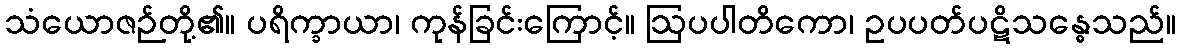
သံယောဇဉ်တို့၏။ ပရိက္ခာယာ၊ ကုန်ခြင်းကြောင့်။ ဩပပါတိကော၊ ဥပပတ်ပဋိသန္ဓေသည်။